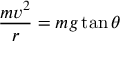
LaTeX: { \frac { m v ^ { 2 } } { r } } = { m g \tan \theta }